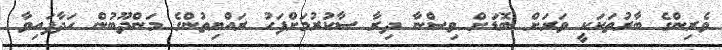
ވެރިންގެ ބާރުތަކަކީ ވަރަށް ބޮޑަށް ވިސްނާ ދިރާ ސާކުރުމަށްފަހު ރައްޔިތުންގެ މަންދޫބުން ހަދާފައިވާ